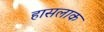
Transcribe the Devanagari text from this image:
हासलाक